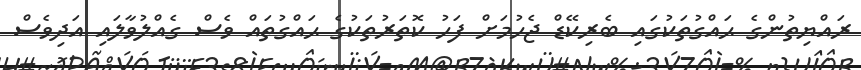
ރައްޔިތުންގެ ޙައްގުތަކުގައި ބެރިކޭޑް ޖެހުމަށް ފަހު ކޮތަރުތަކުގެ ޙައްގުތައް ވެސް ގެއްލުވާލައި އަދިވެސް